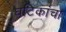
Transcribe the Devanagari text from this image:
घटिकांचा